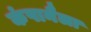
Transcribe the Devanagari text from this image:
कंपानैला